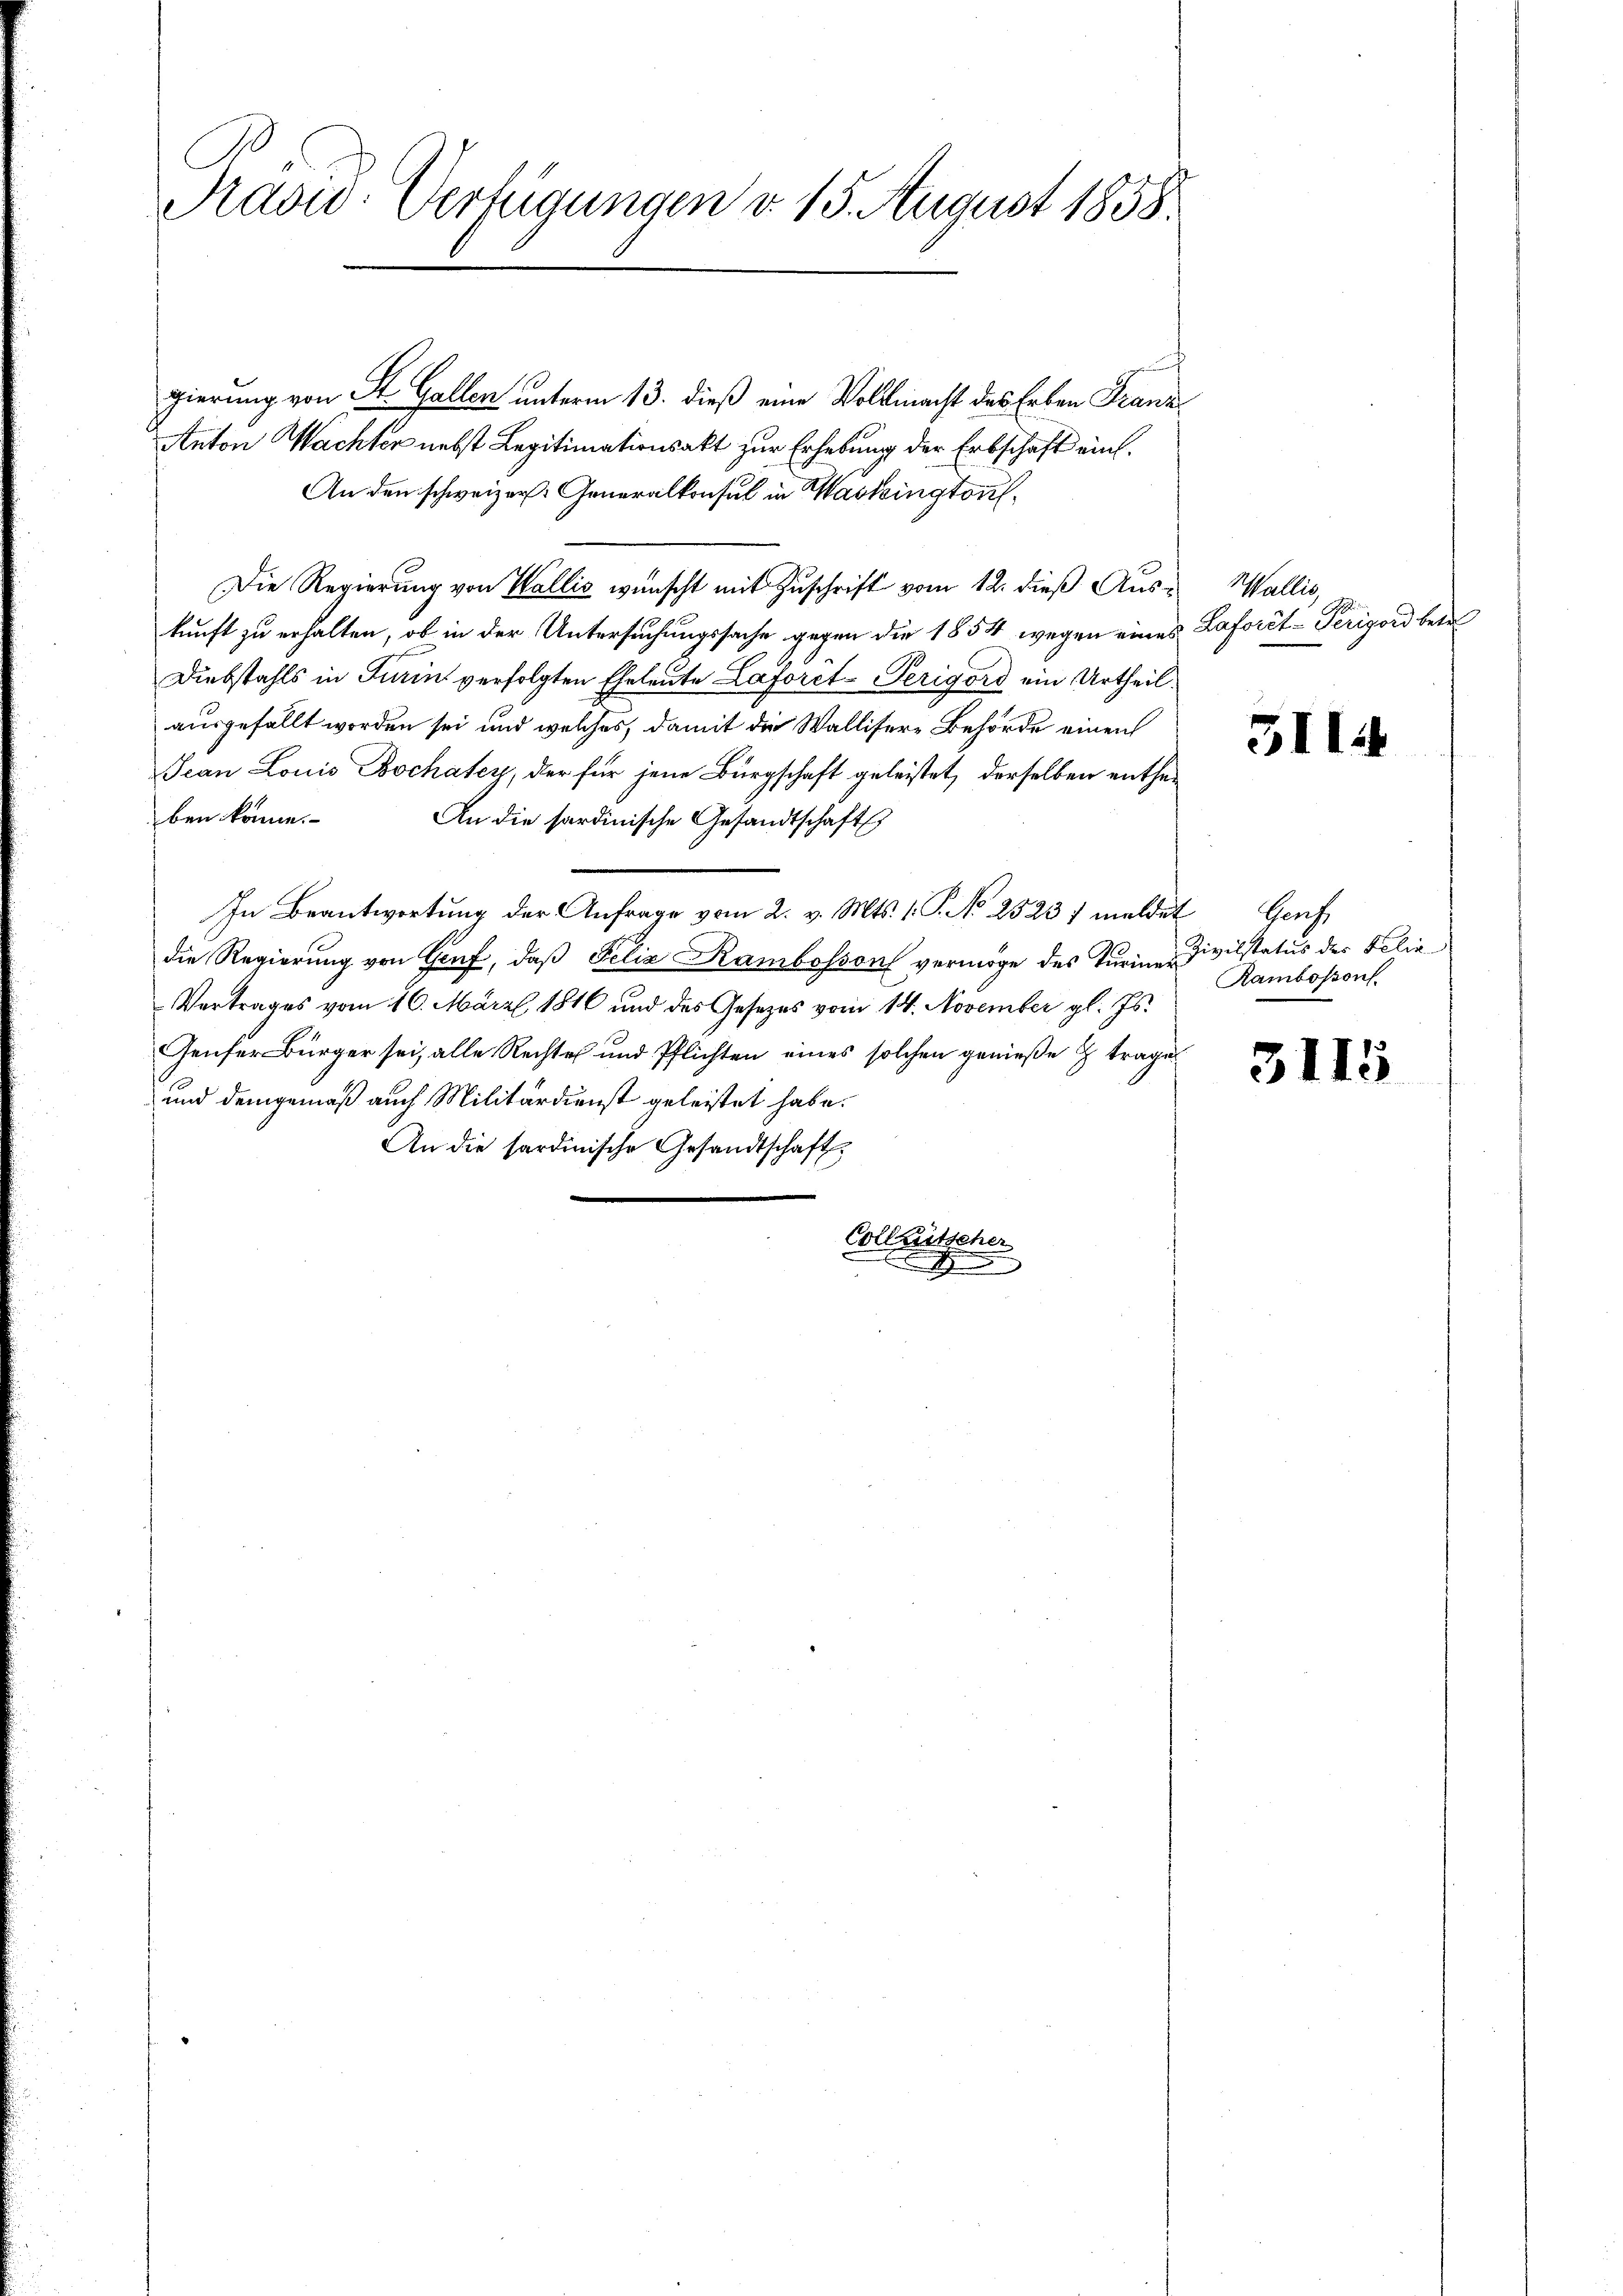
Paswo-Verfügungen d. 15. August 1858.

gierung von St. Gallen unterm 13. dieß eine Vollmacht des Erben Franz
Anton Wachter nebst Legitimationsakt zur Erhebung der Erbschaft ein¬
An den schweizer Generalkonsul in Washingtons¬
Die Regierung von Wallis wünscht mit Zuschrift vom 12. dieß Aus- Wallis,
kunft zu erhalten, ob in der Untersuchungssache gegen die 1854 wegen eines Laforet-Peripord betr
Diebstahls in Turin verfolgten Eheleute Laforet-Perigord ein Urtheil.
ausgefällt worden sei und welches, damit die Wallisere Behörde einen
Jean Louis Bochatey, der für jene Bürgschaft geleistet, derselben enthei
ben könne. An die sardinische Gesandtschafts
In Beantwortung der Anfrage vom 2. v. Mts. 1. P. No 2523 / meldet
die Regierung von Gruf, daß Felix Rambosson vermöge des Turiner Zivilstatus der Folia
Vertrages vom 16. März 1816 und des Gesetzes vom 14. November gl. Js.
Genfer Bürger sei, alle Rechtes und Pflichten eines solchen genieße & trage
und demgemäß auch Militärdienst geleistet habe.
An die sardinische Gesandtschaft
Collentscher

3114

Prech
Rambossonf.

311

155